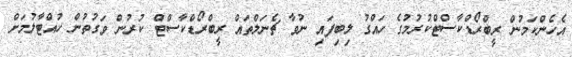
އެހެންކަމުން ރީބްރޯޑްކާސްޓްކުރުމުގެ ހައްގު ލިބިފައި ނުވާ ޗެނަލްތައް ރީބްރޯޑްކާސްޓް ކުރުން ވަގުތުން ހުއްޓާލުމަށް